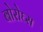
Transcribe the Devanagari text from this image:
बोरोघ्स